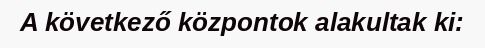
A következő központok alakultak ki: